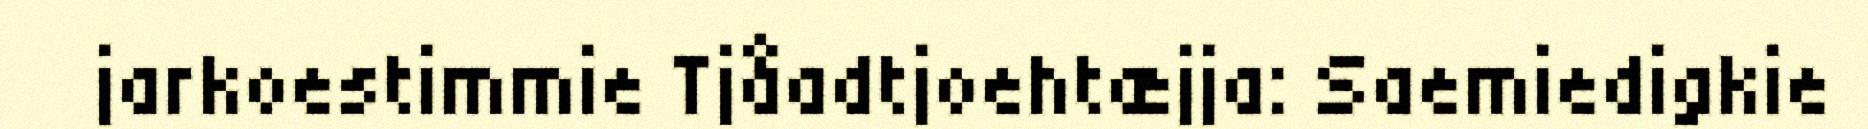
jarkoestimmie Tjåadtjoehtæjja: Saemiedigkie